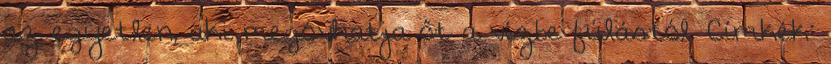
az egyetlen, aki megóvhatja őt a vízbe fúlástól. Címkék: